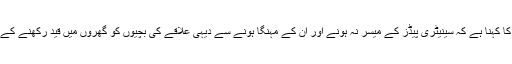
مراد حسن کا کہنا ہے کہ سینیٹری پیڈز کے میسر نہ ہونے اور ان کے مہنگا ہونے سے دیہی علاقے کی بچیوں کو گھروں میں قید رکھنے کے برابر ہے۔